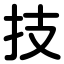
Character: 技